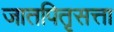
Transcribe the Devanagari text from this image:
जातपितृसत्ता